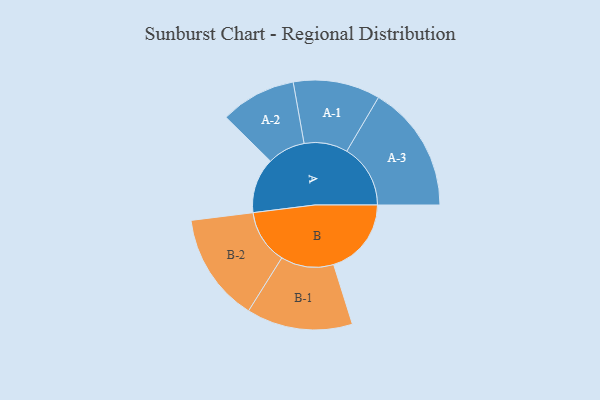
{"axis": {"x": "Segment", "y": "Value"}, "legend": ["", "A", "B"], "data": [{"x": "A", "y": 197, "type": ""}, {"x": "B", "y": 277, "type": ""}, {"x": "A-1", "y": 155, "type": "A"}, {"x": "A-2", "y": 135, "type": "A"}, {"x": "A-3", "y": 227, "type": "A"}, {"x": "B-1", "y": 189, "type": "B"}, {"x": "B-2", "y": 194, "type": "B"}]}